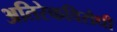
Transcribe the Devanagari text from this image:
अतिरेकविरोधी